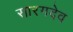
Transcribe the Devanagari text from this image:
सारगदेव